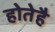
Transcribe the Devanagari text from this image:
होतेहै